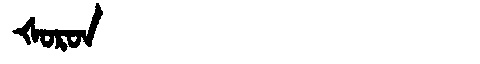
Manchu: ᡧᠣᡵᠣᠨ
Romanization: ŠORON